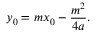
y _ { 0 } = m x _ { 0 } - { \frac { m ^ { 2 } } { 4 a } } .